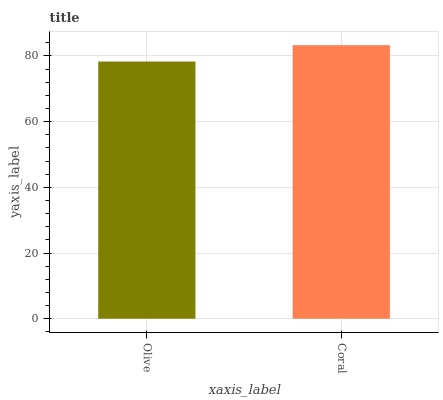
| xaxis_label | bars |
 | --- | --- |
 | Olive | 78.3 |
 | Coral | 83.3 |